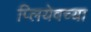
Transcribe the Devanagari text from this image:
प्लियेवच्या